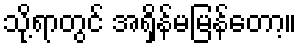
သို့ရာတွင် အရှိန်မမြန်တော့။